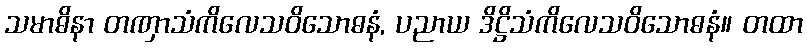
သမာဓိနာ တဏှာသံကိလေသဝိသောဓနံ, ပညာယ ဒိဋ္ဌိသံကိလေသဝိသောဓနံ။ တထာ